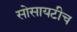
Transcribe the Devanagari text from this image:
सोसायटीच